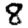
Digit: 8